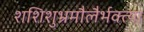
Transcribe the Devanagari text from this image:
शशिशुभ्रमौलैर्भक्त्या